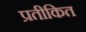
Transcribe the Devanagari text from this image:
प्रतीकित